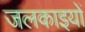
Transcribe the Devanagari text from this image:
जलकाइयों